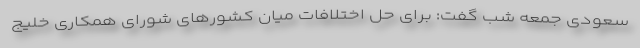
سعودی جمعه شب گفت: برای حل اختلافات میان کشورهای شورای همکاری خلیج